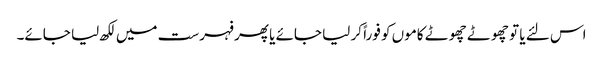
اس لئے یا تو چھوٹے چھوٹے کاموں کو فوراً کر لیا جائے یا پھر فہرست میں لکھ لیا جائے۔